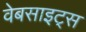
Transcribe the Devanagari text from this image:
वेबसाइट्‌स